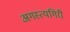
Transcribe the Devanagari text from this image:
अगस्त्यगिरी